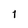
Character: 1